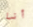
أنا